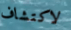
لاكتشاف